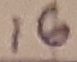
Text: 16